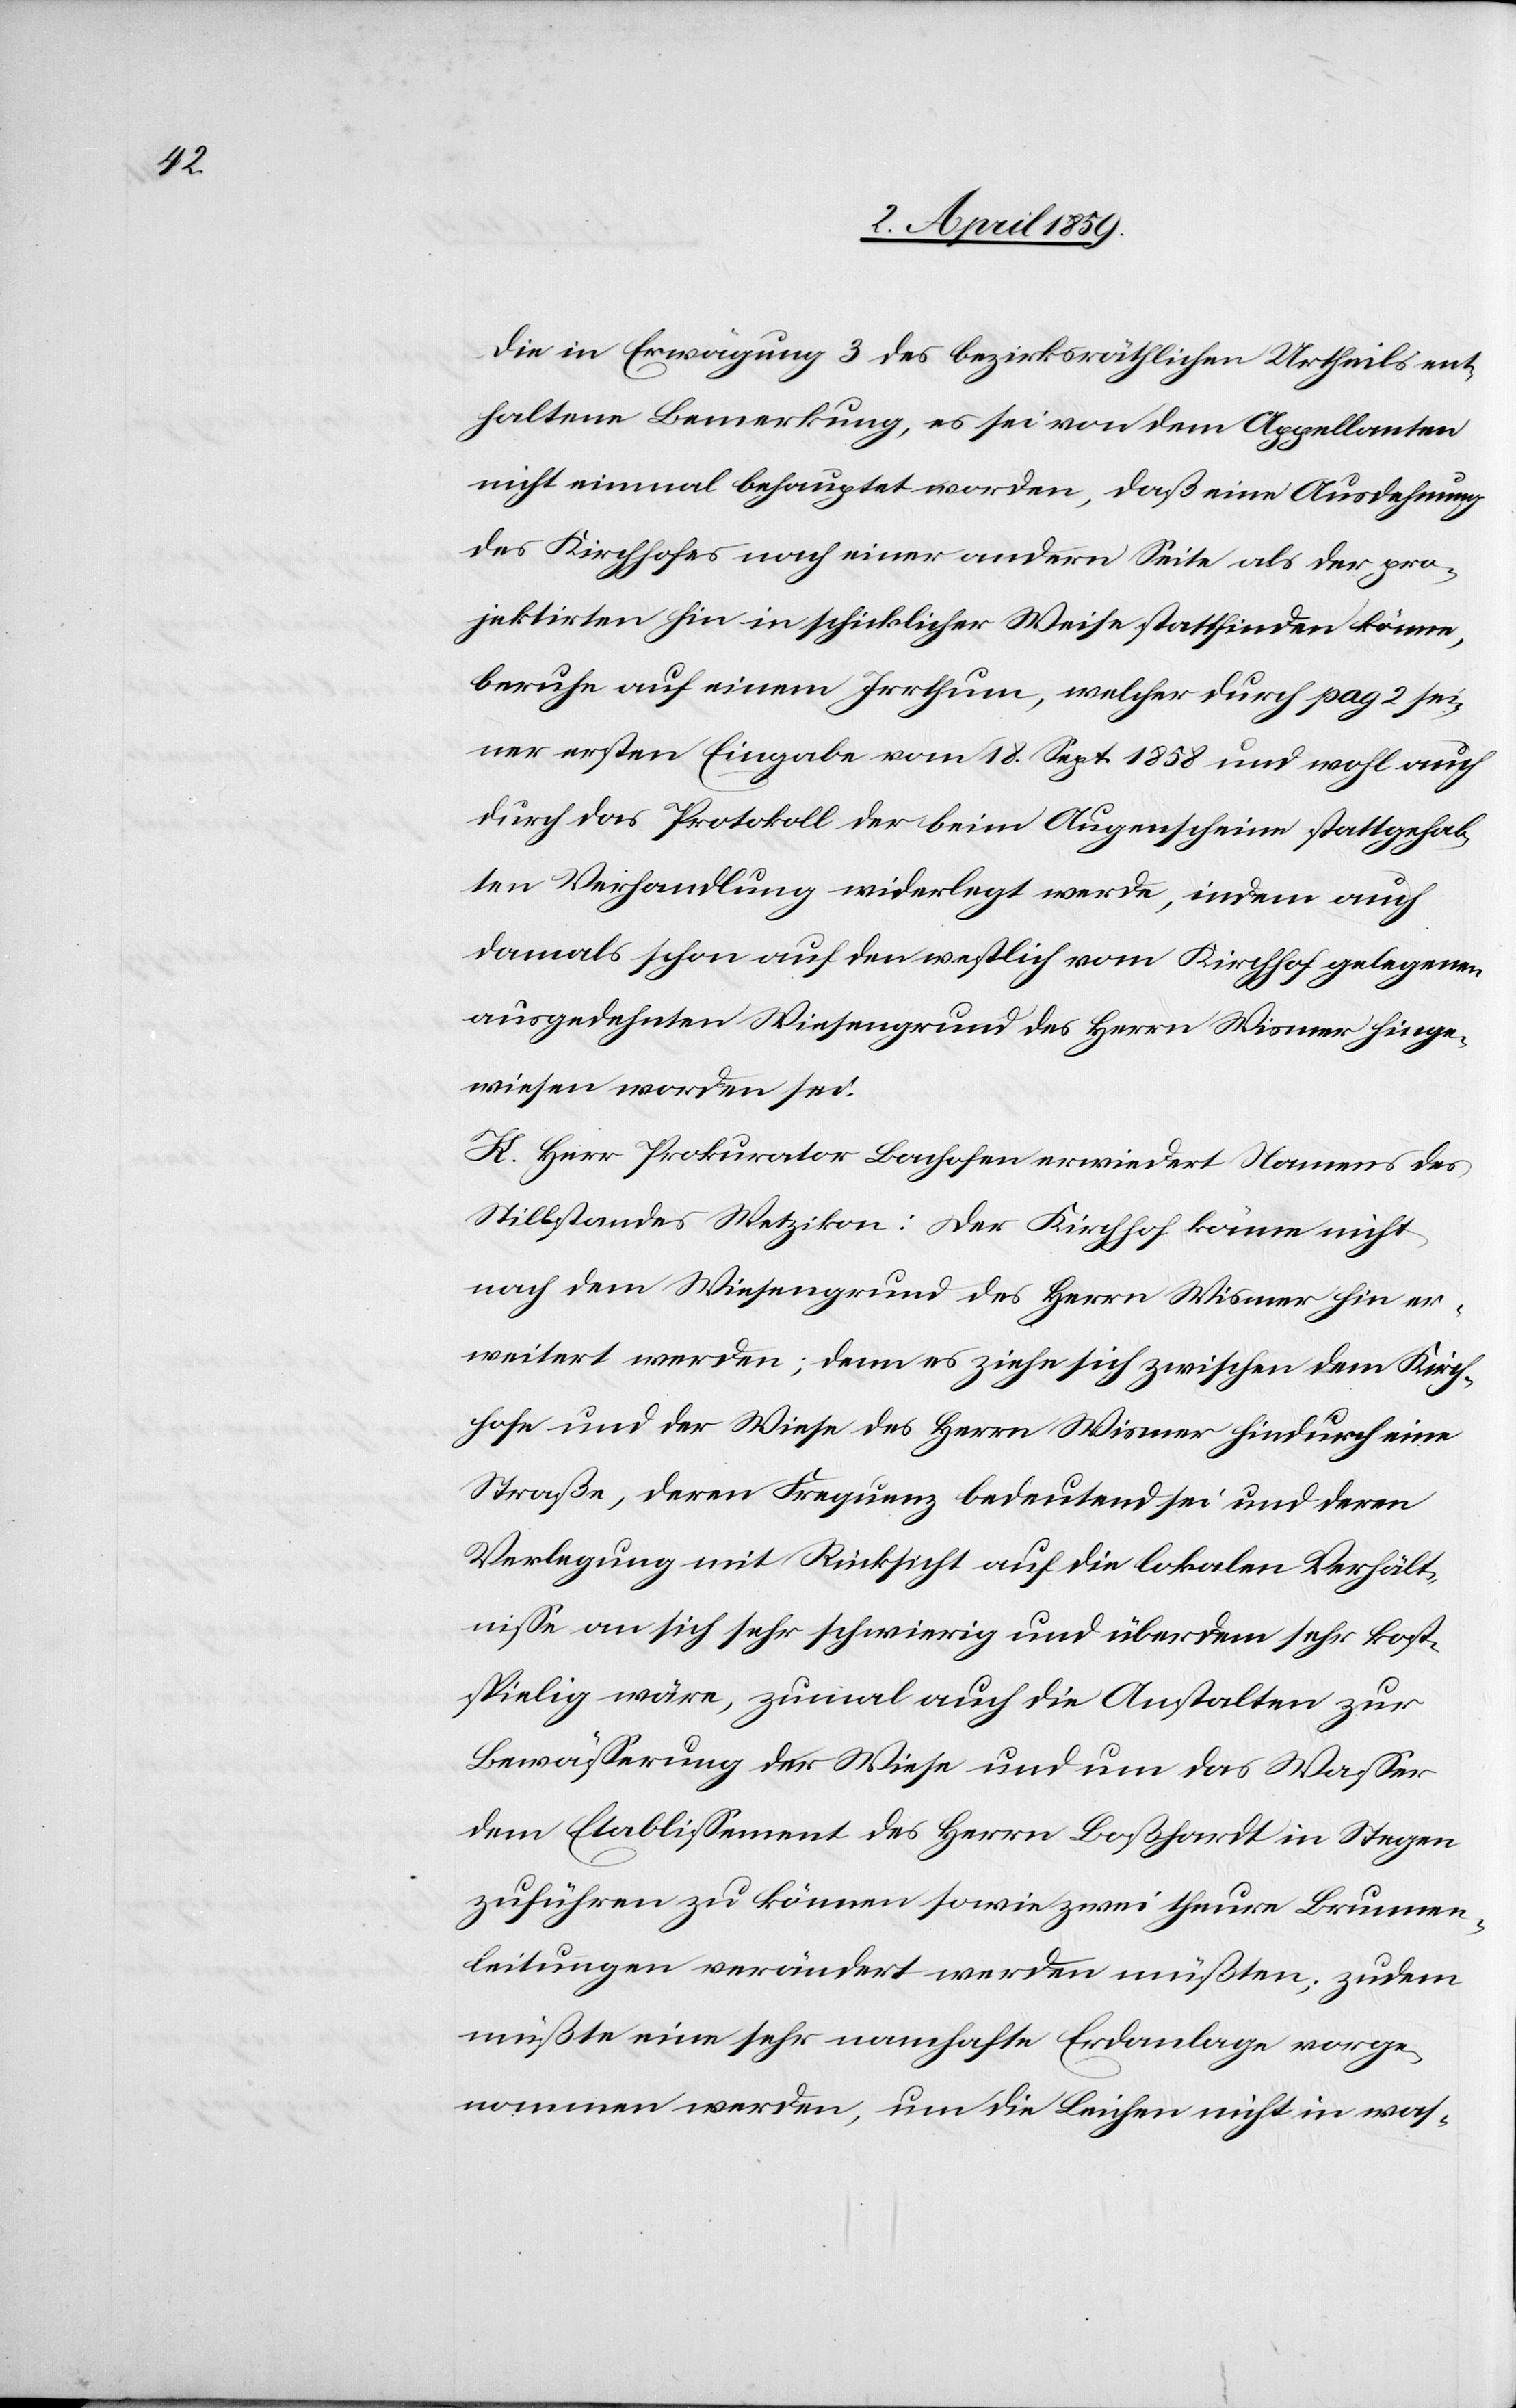
Die in Erwägung 3 des bezirksräthlichen Urtheils ent¬
haltene Bemerkung, es sei von dem Appellanten
nicht einmal behauptet worden, daß eine Ausdehnung
des Kirchhofes nach einer andern Seite als der po¬
jektirten hin in schicklicher Weise stattfinden könne,
beruhe auf einem Irrthum, welcher durch pag 2 sei¬
ner ersten Eingabe vom 18. Sept. 1858 und wohl auch
durch das Protokoll der beim Augenscheine stattgehab¬
ten Verhandlung widerlegt werde, indem auch
damals schon auf den westlich vom Kirchhof gelegenen
ausgedehnten Wiesengrund des Herrn Wismer hinge¬
wiesen worden sei.
K. Herr Prokurator Bachofen erwiedert Namens des
Stillstandes Wetzikon: Der Kirchhof könne nicht
nach dem Wiesengrund des Herrn Wismer hin er¬
weitert werden; denn es ziehe sich zwischen dem Kirch¬
hofe und der Wiese des Herrn Wismer hindurch eine
Straße, deren Frequenz bedeutend sei und deren
Verlegung mit Rücksicht auf die lokalen Verhält¬
niße an sich sehr schwierig und überdem sehr kost¬
spielig wäre, zumal auch die Anstalten zur
Bewäßerung der Wiese und um das Waßer
dem Etablißement des Herrn Boßhardt in Stegen
zuführen zu können sowie zwei theure Brunnen¬
leitungen verändert werden müßten; zudem
müßte eine sehr namhafte Erdanlage vorge¬
nommen werden, um die Leichen nicht in was-